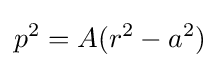
p^{2}=A(r^{2}-a^{2})